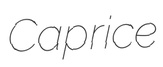
Caprice